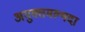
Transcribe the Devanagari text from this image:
अमुक्तमल्यदा